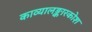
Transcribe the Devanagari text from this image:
काव्यालङ्कारकोश